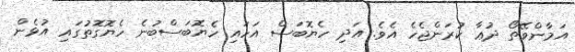
އަމާންވޭތޯ ދުޢާ ކުރަންޖެހެ އެވެ. އަދި ހެޔޮބަސް އަހައި ހެޔޮބަސްބުނެ ހެޔޮގޮތުގައި އުޅެން